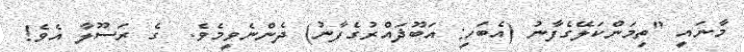
މާނައީ "ތިމަންކަލޭގެފާނު (އެބަހީ: އަބޫޛައްރުގެފާނު) ދެންނެވީމެވެ.  ގެ ރަސޫލާ އެވެ!